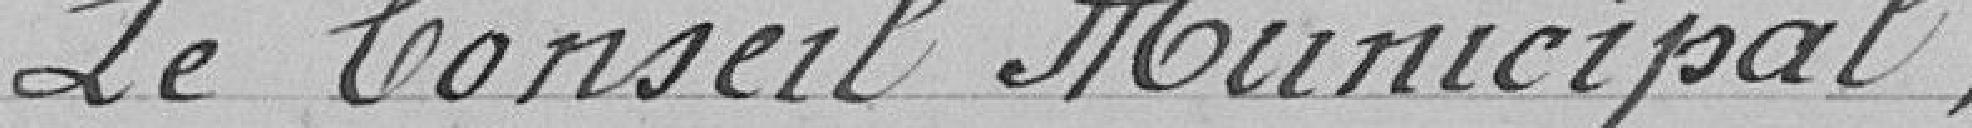
Le conseil municipal,